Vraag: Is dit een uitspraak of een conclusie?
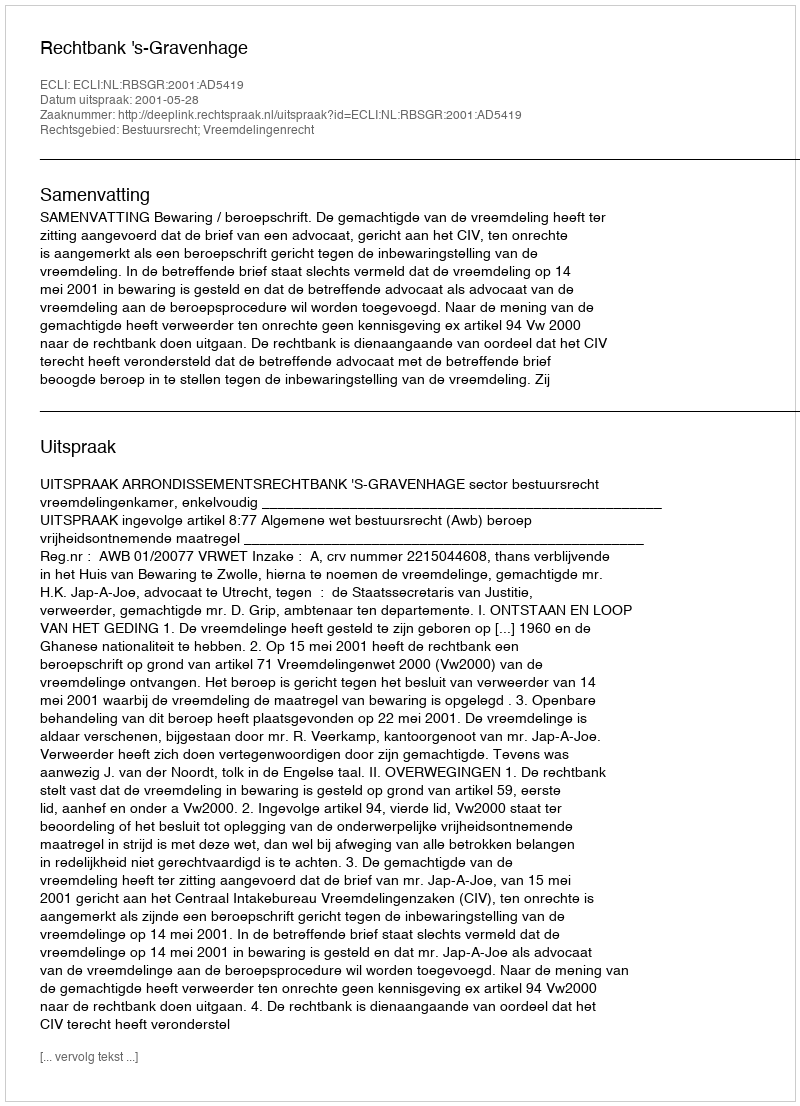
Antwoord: Uitspraak